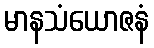
မာနသံယောဇနံ